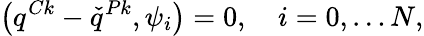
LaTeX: \left(q^{Ck}-\check{q}^{Pk},\psi_{i}\right)=0,\quad i=0,\ldots N,